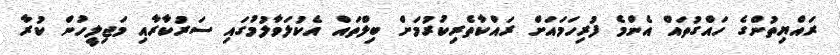
ރައްޔިތުންގެ ހައްގުތައް އެންމެ ފުރިހަމައަށް ރައްކާތެރިކުރުމަށް ބިލްތައް އެކުލަވާލުމުގައި ސަރުކާރާއި މަޖިލީހުން ކުރާ